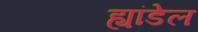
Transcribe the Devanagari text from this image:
ह्यांडेल